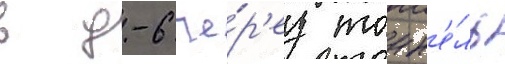
в д-6 че́р'ез тонн'е́ль